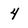
Character: 4